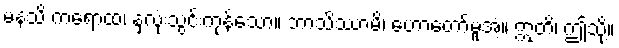
မနသိ ကရောထ၊ နှလုံးသွင်းကုန်သော။ ဘာသိဿာမိ၊ ဟောတော်မူအံ့။ ဣတိ၊ ဤသို့။